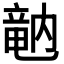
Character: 𥪞